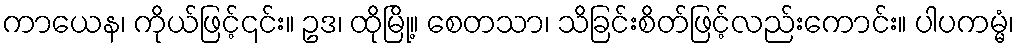
ကာယေန၊ ကိုယ်ဖြင့်၎င်း။ ဥဒ၊ ထိုမြို့။ စေတသာ၊ သိခြင်းစိတ်ဖြင့်လည်းကောင်း။ ပါပကမ္မံ၊